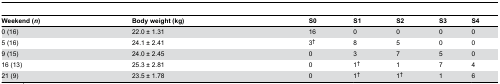
<table><thead><tr><td><b>Weekend (<i>n</i>) </b></td><td><b>Body weight (kg)</b></td><td><b>S0</b></td><td><b>S1</b></td><td><b>S2</b></td><td><b>S3</b></td><td><b>S4</b></td></tr></thead><tbody><tr><td>0 (16)</td><td>22.0 ± 1.31</td><td>16</td><td>0</td><td>0</td><td>0</td><td>0</td></tr><tr><td>5 (16)</td><td>24.1 ± 2.41</td><td>3<sup>†</sup></td><td>8</td><td>5</td><td>0</td><td>0</td></tr><tr><td>9 (15)</td><td>24.0 ± 2.45</td><td>0</td><td>3</td><td>7</td><td>5</td><td>0</td></tr><tr><td>16 (13)</td><td>25.3 ± 2.81</td><td>0</td><td>1<sup>†</sup></td><td>1</td><td>7</td><td>4</td></tr><tr><td>21 (9)</td><td>23.5 ± 1.78</td><td>0</td><td>1<sup>†</sup></td><td>1<sup>†</sup></td><td>1</td><td>6</td></tr></tbody></table>